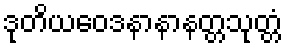
ဒုတိယဝေဒနာနာနတ္တသုတ္တံ